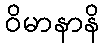
ဝိမာနာနိ